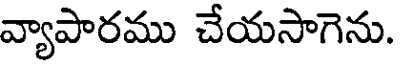
వ్యాపారము చేయసాగెను.